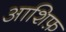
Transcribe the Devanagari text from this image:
आशिफ़